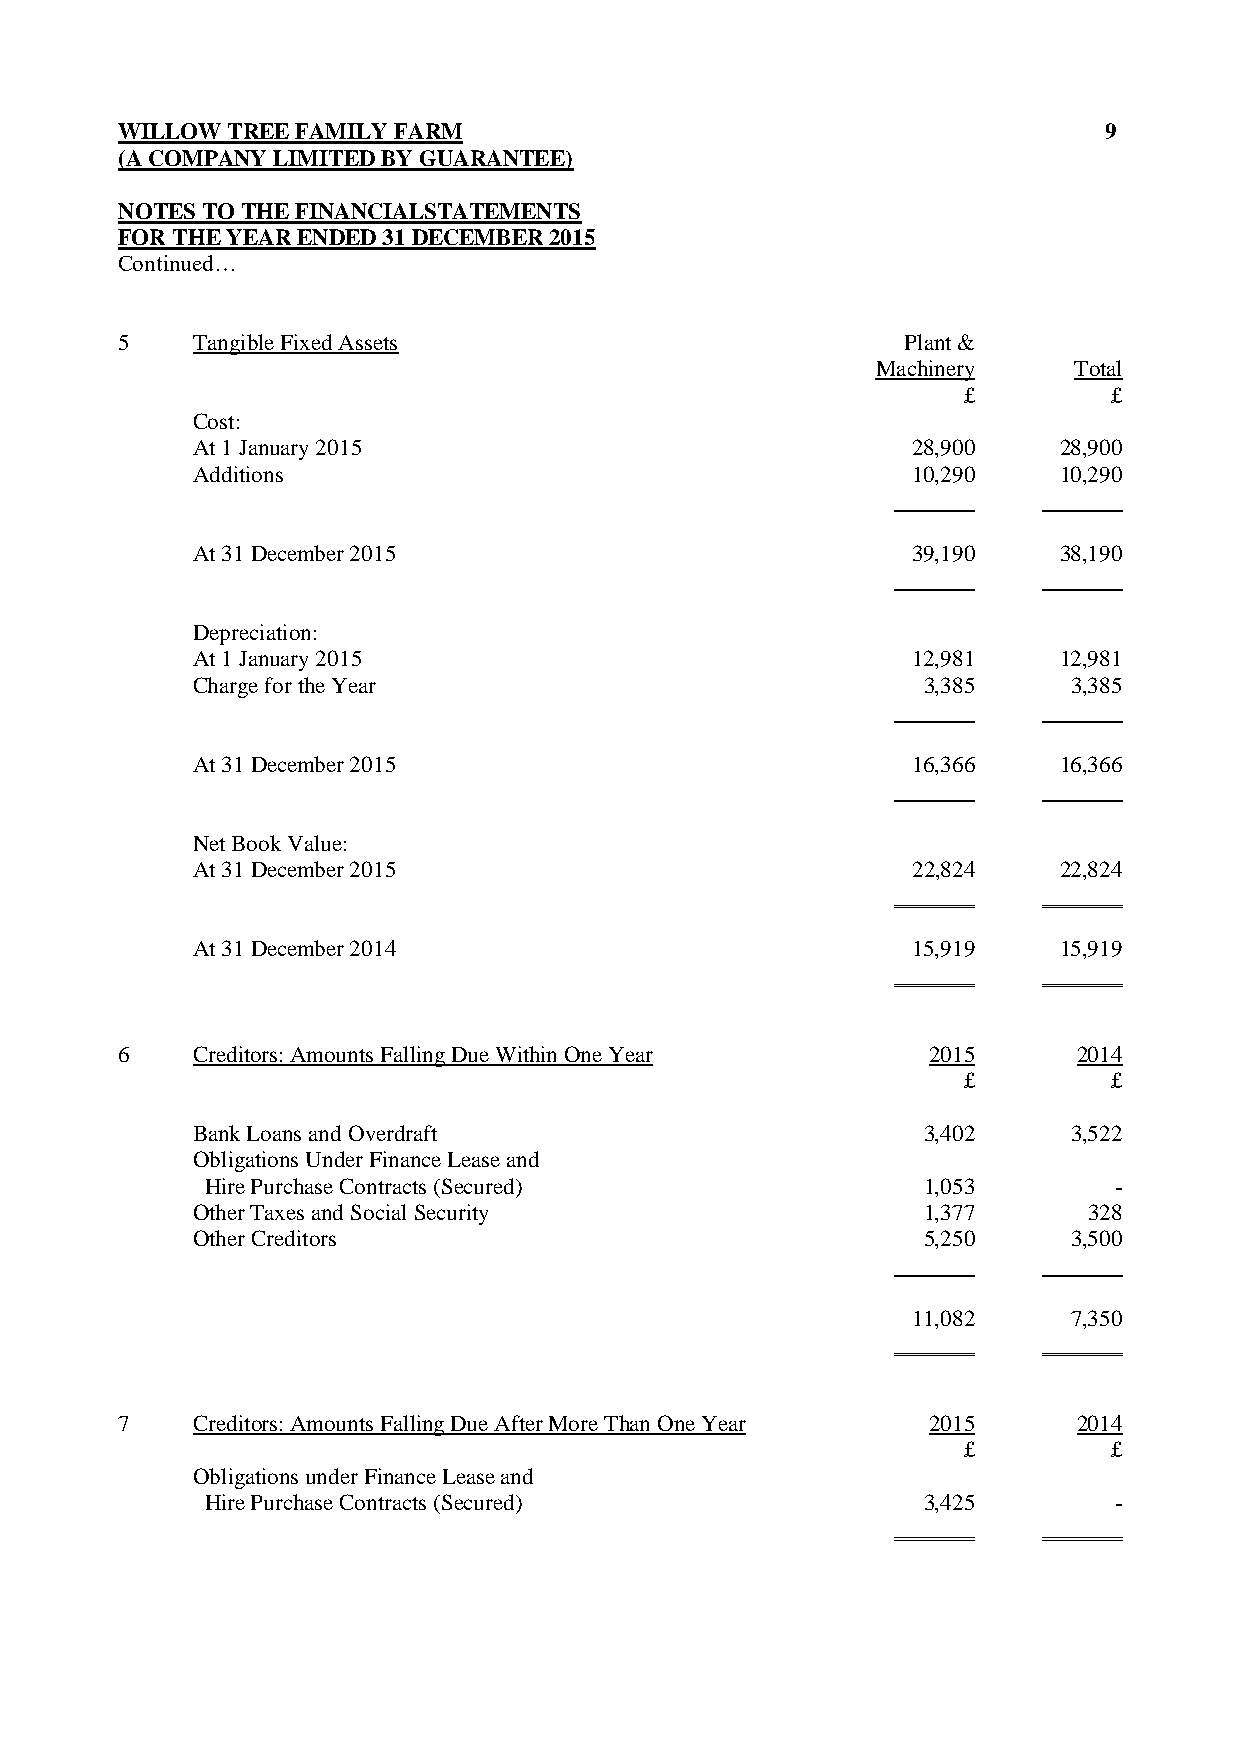
WILLOW TREE FAMILY FARM                                          9
 (A COMPANY LIMITED BY GUARANTEE)
 NOTES TO THE FINANCIALSTATEMENTS
 FOR THE YEAR ENDED 31 DECEMBER 2015
 Continued…
 5    Tangible Fixed Assets                          Plant &
 Machinery    Total
 £         £
 Cost:
 At 1 January 2015                              28,900    28,900
 Additions                                      10,290    10,290
 At 31 December 2015                            39,190    38,190
 Depreciation:
 At 1 January 2015                              12,981    12,981
 Charge for the Year                             3,385     3,385
 At 31 December 2015                            16,366    16,366
 Net Book Value:
 At 31 December 2015                            22,824    22,824
 At 31 December 2014                            15,919    15,919
 6    Creditors: Amounts Falling Due Within One Year   2015     2014
 £         £
 Bank Loans and Overdraft                        3,402     3,522
 Obligations Under Finance Lease and
 Hire Purchase Contracts (Secured)              1,053        -
 Other Taxes and Social Security                 1,377      328
 Other Creditors                                 5,250     3,500
 11,082     7,350
 7    Creditors: Amounts Falling Due After More Than One Year 2015 2014
 £         £
 Obligations under Finance Lease and
 Hire Purchase Contracts (Secured)              3,425        -